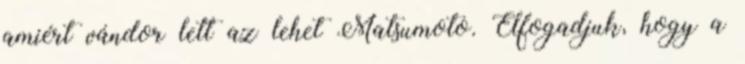
amiért vándor lett az lehet Matsumoto. Elfogadjuk, hogy a